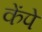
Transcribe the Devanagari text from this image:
केंपे